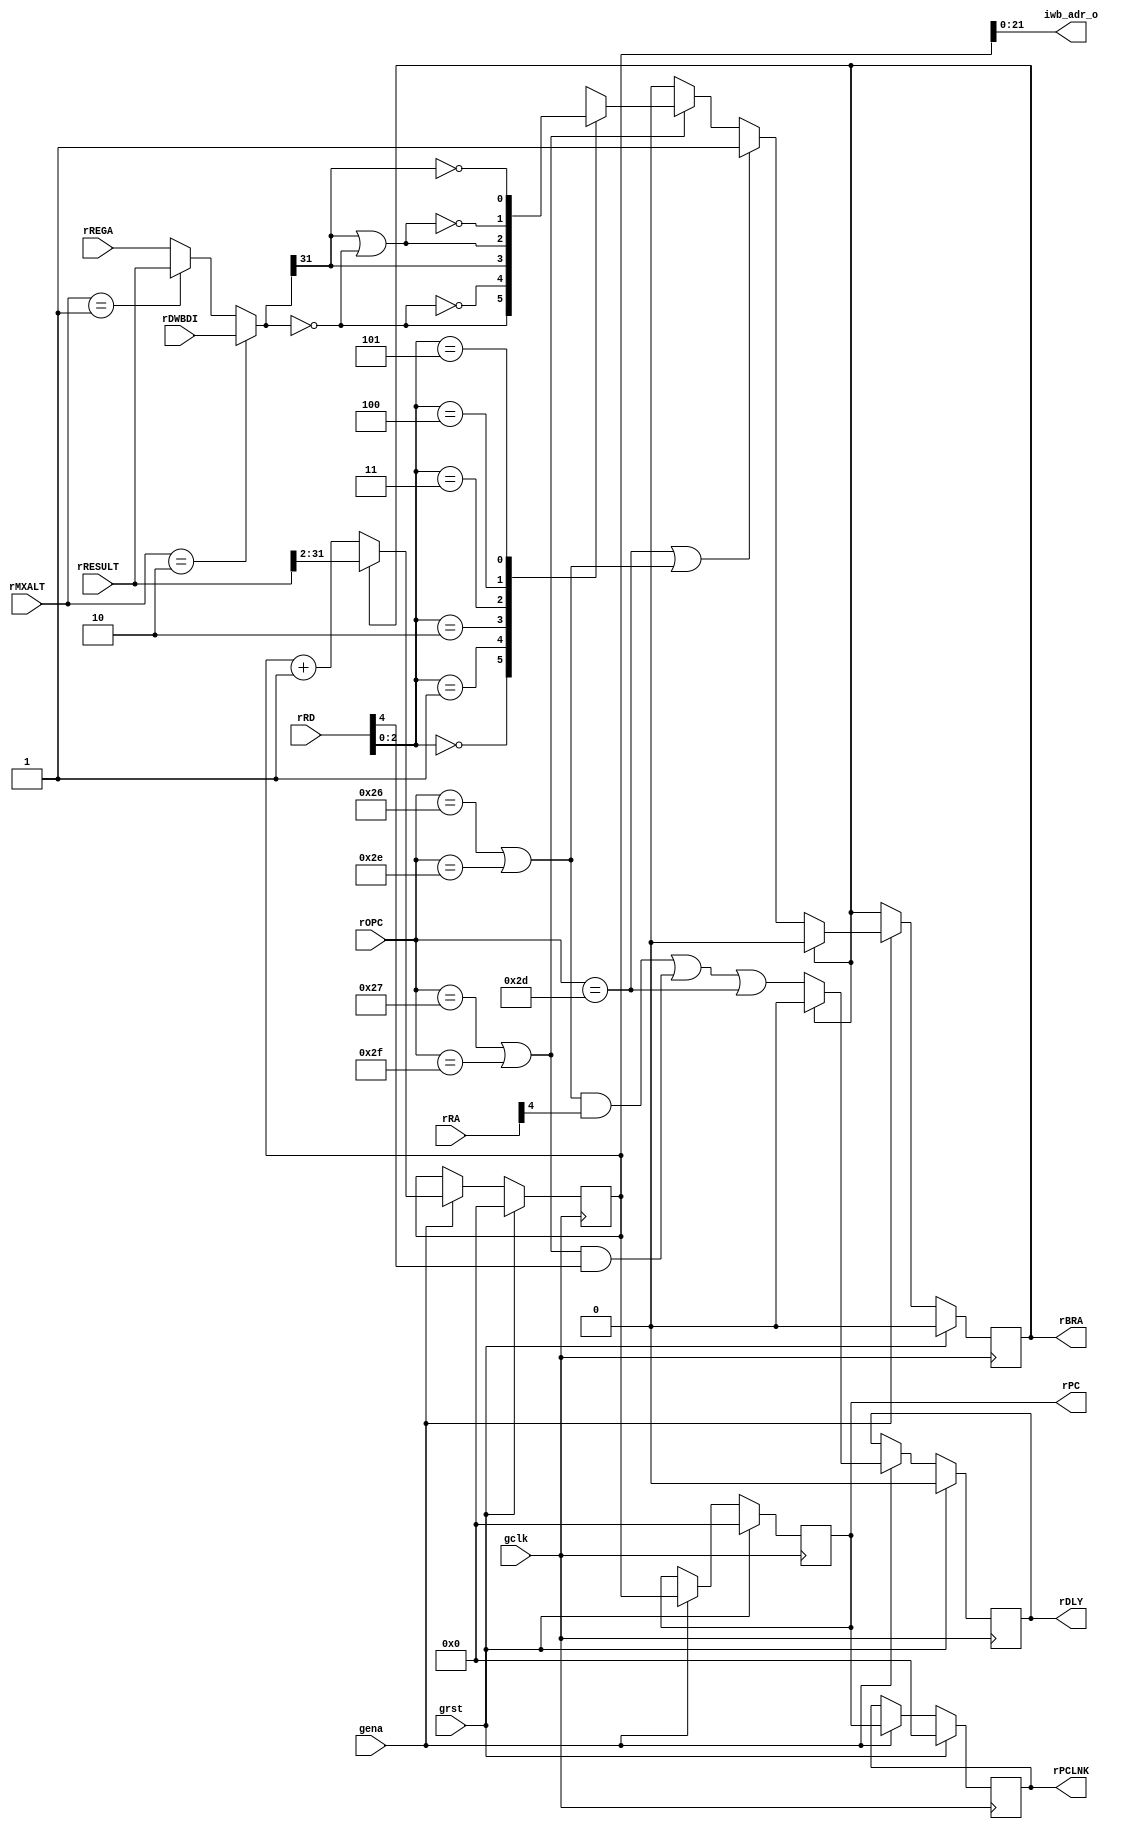
module aeMB_bpcu (/*AUTOARG*/
   // Outputs
   iwb_adr_o, rPC, rPCLNK, rBRA, rDLY,
   // Inputs
   rMXALT, rOPC, rRD, rRA, rRESULT, rDWBDI, rREGA, gclk, grst, gena
   );
   parameter IW = 24;

   // INST WISHBONE
   output [IW-1:2] iwb_adr_o;

   // INTERNAL
   output [31:2]   rPC, rPCLNK;
   output 	   rBRA;
   output 	   rDLY;
   //output [1:0]    rATOM;
   //output [1:0]    xATOM;
   
   input [1:0] 	   rMXALT;   
   input [5:0] 	   rOPC;
   input [4:0] 	   rRD, rRA;  
   input [31:0]    rRESULT; // ALU
   input [31:0]    rDWBDI; // RAM
   input [31:0]    rREGA;
   //input [1:0] 	   rXCE;   
   
   // SYSTEM
   input 	   gclk, grst, gena;

   // --- BRANCH CONTROL --------------------------------------------
   // Controls the branch and delay flags
   
   wire 	   fRTD = (rOPC == 6'o55);
   wire 	   fBCC = (rOPC == 6'o47) | (rOPC == 6'o57);
   wire 	   fBRU = (rOPC == 6'o46) | (rOPC == 6'o56);

   wire [31:0] 	   wREGA;
   assign 	   wREGA = (rMXALT == 2'o2) ? rDWBDI :
			   (rMXALT == 2'o1) ? rRESULT :
			   rREGA;   
   
   wire 	   wBEQ = (wREGA == 32'd0);
   wire 	   wBNE = ~wBEQ;
   wire 	   wBLT = wREGA[31];
   wire 	   wBLE = wBLT | wBEQ;   
   wire 	   wBGE = ~wBLT;
   wire 	   wBGT = ~wBLE;   

   reg 		   xXCC;
   always @(/*AUTOSENSE*/rRD or wBEQ or wBGE or wBGT or wBLE or wBLT
	    or wBNE)
     case (rRD[2:0])
       3'o0: xXCC <= wBEQ;
       3'o1: xXCC <= wBNE;
       3'o2: xXCC <= wBLT;
       3'o3: xXCC <= wBLE;
       3'o4: xXCC <= wBGT;
       3'o5: xXCC <= wBGE;
       default: xXCC <= 1'bX;
     endcase // case (rRD[2:0])

   reg 		   rBRA, xBRA;
   reg 		   rDLY, xDLY;
   wire 	   fSKIP = rBRA & !rDLY;   
   
   always @(/*AUTOSENSE*/fBCC or fBRU or fRTD or rBRA or rRA or rRD
	    or xXCC)
     //if (rBRA | |rXCE) begin
     if (rBRA) begin
	/*AUTORESET*/
	// Beginning of autoreset for uninitialized flops
	xBRA <= 1'h0;
	xDLY <= 1'h0;
	// End of automatics
     end else begin
	xDLY <= (fBRU & rRA[4]) | (fBCC & rRD[4]) | fRTD;      
	xBRA <= (fRTD | fBRU) ? 1'b1 :
		(fBCC) ? xXCC :
		1'b0;
     end

   // --- PC PIPELINE ------------------------------------------------
   // PC and related changes
   
   reg [31:2] 	   rIPC, xIPC;
   reg [31:2] 	   rPC, xPC;
   reg [31:2] 	   rPCLNK, xPCLNK;
   
   assign 	   iwb_adr_o = rIPC[IW-1:2];
   
   always @(/*AUTOSENSE*/rBRA or rIPC or rPC or rRESULT) begin
      //xPCLNK <= (^rATOM) ? rPC : rPC;
      xPCLNK <= rPC;
      //xPC <= (^rATOM) ? rIPC : rRESULT[31:2];	
      xPC <= rIPC;
      //xIPC <= (rBRA) ? rRESULT[31:2] : (rIPC + 1);
      /*
     case (rXCE)
       2'o1: xIPC <= 30'h2;       
       2'o2: xIPC <= 30'h4;       
       2'o3: xIPC <= 30'h6;       
       default: xIPC <= (rBRA) ? rRESULT[31:2] : (rIPC + 1);
     endcase // case (rXCE)      
       */
      xIPC <= (rBRA) ? rRESULT[31:2] : (rIPC + 1);
   end   			   

   // --- ATOMIC CONTROL ---------------------------------------------
   // This is used to indicate 'safe' instruction borders.
   
   wire 	wIMM = (rOPC == 6'o54) & !fSKIP;
   wire 	wRTD = (rOPC == 6'o55) & !fSKIP;
   wire 	wBCC = xXCC & ((rOPC == 6'o47) | (rOPC == 6'o57)) & !fSKIP;
   wire 	wBRU = ((rOPC == 6'o46) | (rOPC == 6'o56)) & !fSKIP;   
   
   wire 	fATOM = ~(wIMM | wRTD | wBCC | wBRU | rBRA);   
   reg [1:0] 	rATOM, xATOM;

   always @(/*AUTOSENSE*/fATOM or rATOM)
     xATOM <= {rATOM[0], (rATOM[0] ^ fATOM)};   
     
   
   // --- SYNC PIPELINE ----------------------------------------------
    
   always @(posedge gclk)
     if (grst) begin
	/*AUTORESET*/
	// Beginning of autoreset for uninitialized flops
	rATOM <= 2'h0;
	rBRA <= 1'h0;
	rDLY <= 1'h0;
	rIPC <= 30'h0;
	rPC <= 30'h0;
	rPCLNK <= 30'h0;
	// End of automatics
     end else if (gena) begin
	rIPC <= #1 xIPC;
	rBRA <= #1 xBRA;
	rPC <= #1 xPC;
	rPCLNK <= #1 xPCLNK;
	rDLY <= #1 xDLY;
	rATOM <= #1 xATOM;	
     end
      
endmodule